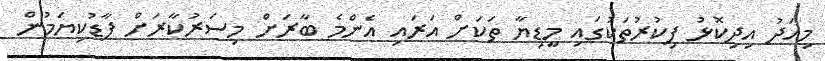
މިއަދު އިދިކޮޅު ފިކުރުތަކުގައި މީޑިޔާ ތަކަށް އަރައި އެންމެ ބާރަށް މިސަރުކާރަށް ފާޑުކިޔަމުން